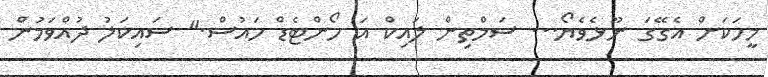
މީހަކަށް އެގޭގަ ނޫޅެވެޔޯ... ސަމްތިން ލައިކް އަ ހޯންޓެޑް ހައުސް." ސައިކަލު ދުއްވަމުން